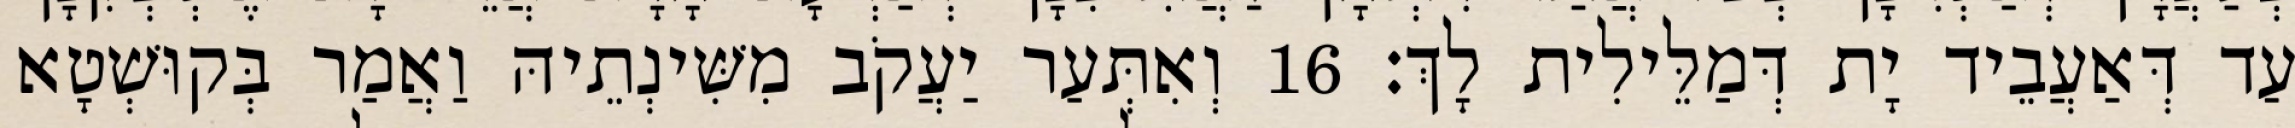
עַד דְּאַעֲבֵיד יָת דְּמַלֵּילִית לָךְ׃ 16 וְאִתְּעַר יַעֲקֹב מִשִּׁינְתֵיהּ וַאֲמַר בְּקוּשְׁטָא